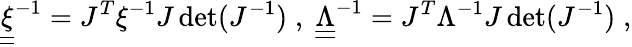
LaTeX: \underline{{\underline{{\xi}}}}^{-1}=J^{T}\xi^{-1}J\operatorname*{det}(J^{-1})\; ,\; \underline{{\underline{{\Lambda}}}}^{-1}=J^{T}\Lambda^{-1}J\operatorname*{det}(J^{-1})\; ,